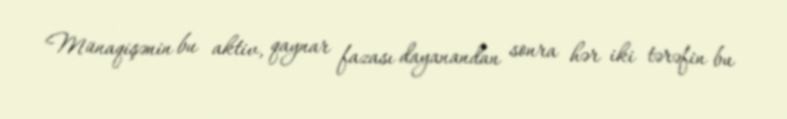
Münaqişənin bu aktiv, qaynar fazası dayanandan sonra hər iki tərəfin bu